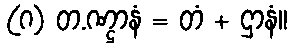
(ဂ) တ.ဏ္ဌာနံ = တံ + ဌာနံ။